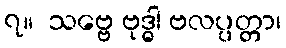
၇။  သဗ္ဗေ ဗုဒ္ဓါ ဗလပ္ပတ္တာ၊